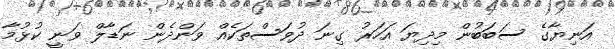
އަނިޔާގެ ސަބަބުން މިދިޔަ އަހަރު ގިނަ ދުވަސްތަކެއް ވަންދެން ނަޑާލް ވަނީ ކުޅުމާ